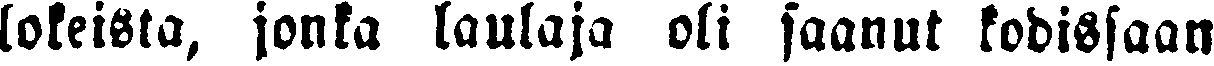
lokeista, jonka laulaja oli saanut kodissaan